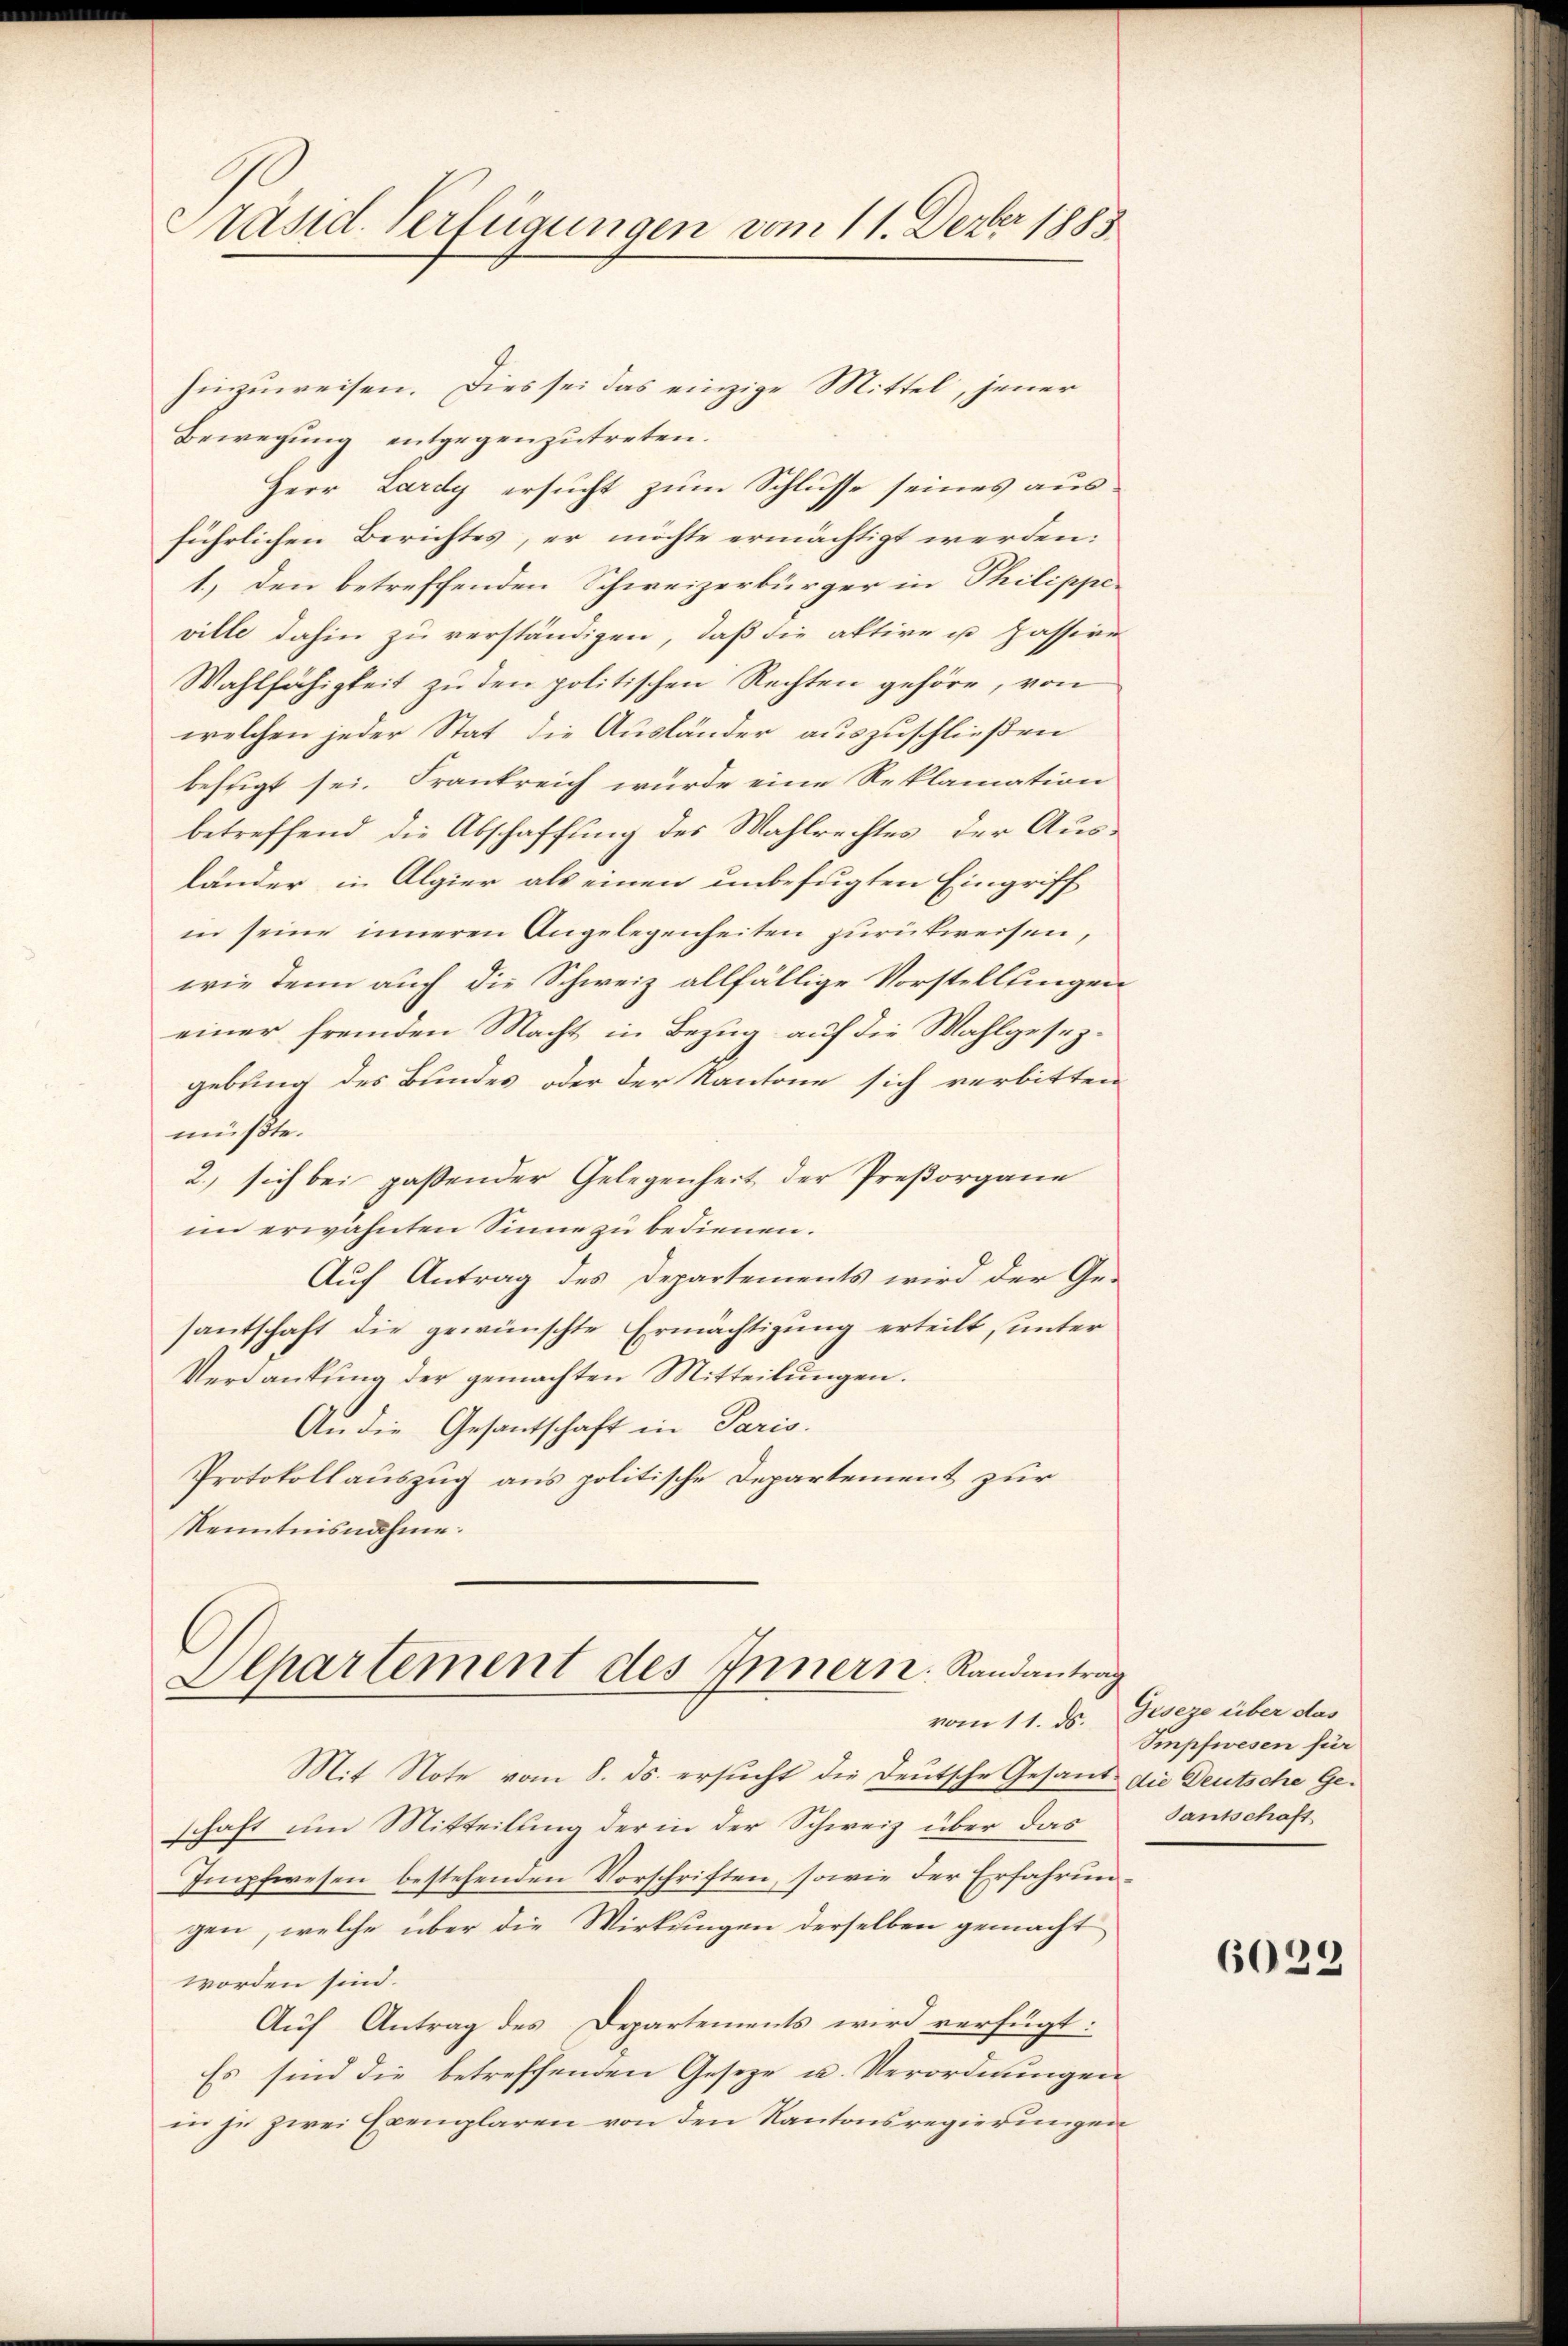
Päsid. Verfügungen vom 11. Dezbr 1885

hinzuweisen. Dies sei das einzige Mittel, jener
Bewegung entgegenzutreten.
Herr Lardy ersucht zum Schlusse seines ausführlichen Berichtes, er möchte ermächtigt werden:
1.) Den betreffenden Schweizerbürger in Philippe-
ville dahin zu verständigen, daß die aktive u passive
Wahlfähigkeit zu den politischen Rechten gehöre, von
welchen jeder Stat die Ausländer auszuschließen
befugt sei. Frankreich würde eine Reklamation
betreffend die Abschaffung des Wahlrechtes, der Aus-
länder in Algier als einen unbefugten Eingriff
in seine inneren Angelegenheiten zurückweisen,
wie denn auch die Schweiz allfällige Vorstellungen
einer fremden Macht in Bezug auf die Wahlgesezgebung des Bundes oder der Kantone sich verbitten
müßte.
2.) sich bei paßender Gelegenheit der Preßorgane
im erwähnten Sinne zu bedienen.
Auf Antrag des Departements wird der Gesantschaft die gewünschte Ermächtigung erteilt, unter
Verdankŭng der gemachten Mitteilŭngen.
An die Gesantschaft in Paris.
Protokollauszug aus politische Departement zur
Kenntnisnahme.

Olpartement des Innern. Randantrag

vom 11. ds. Geseze über das
Smpfwesen für

Mit Note vom 8. ds. ersucht die Deutsche Gesand die Deutsche Ge-
schaft um Mitteilung der in der Schweiz über das Santschaft
Impfwesen bestehenden Vorschriften, sowie der Erfahrungen, welche über die Wirkungen derselben gemacht
worden sind.
Auf Antrag des Departements wird verfügt:
Es sind die betreffenden Geseze u. Verordnungen
in je zwei Exemplaren von den Kantonsregierungen

6023